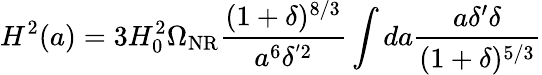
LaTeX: H^{2}(a)=3H_{0}^{2}\Omega_{\mathrm{NR}}\frac{(1+\delta)^{8/3}}{a^{6}\delta^{'2}}\int da\frac{a\delta^{\prime}\delta}{(1+\delta)^{5/3}}